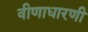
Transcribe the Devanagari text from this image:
वीणाधारणी